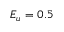
E _ { u } = 0 . 5